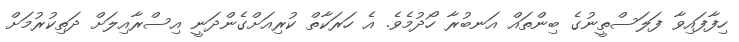
ހިފާފައިވާ ފަލަސްތީނުގެ ބިންތައް އަނބުރާ ހޯދުމެވެ. އެ ހަރަކާތް ކުރިއަށްގެންދަނީ އިސްރާއިލަށް ދަތިކުރުމަށް